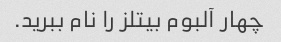
چهار آلبوم بیتلز را نام ببرید.